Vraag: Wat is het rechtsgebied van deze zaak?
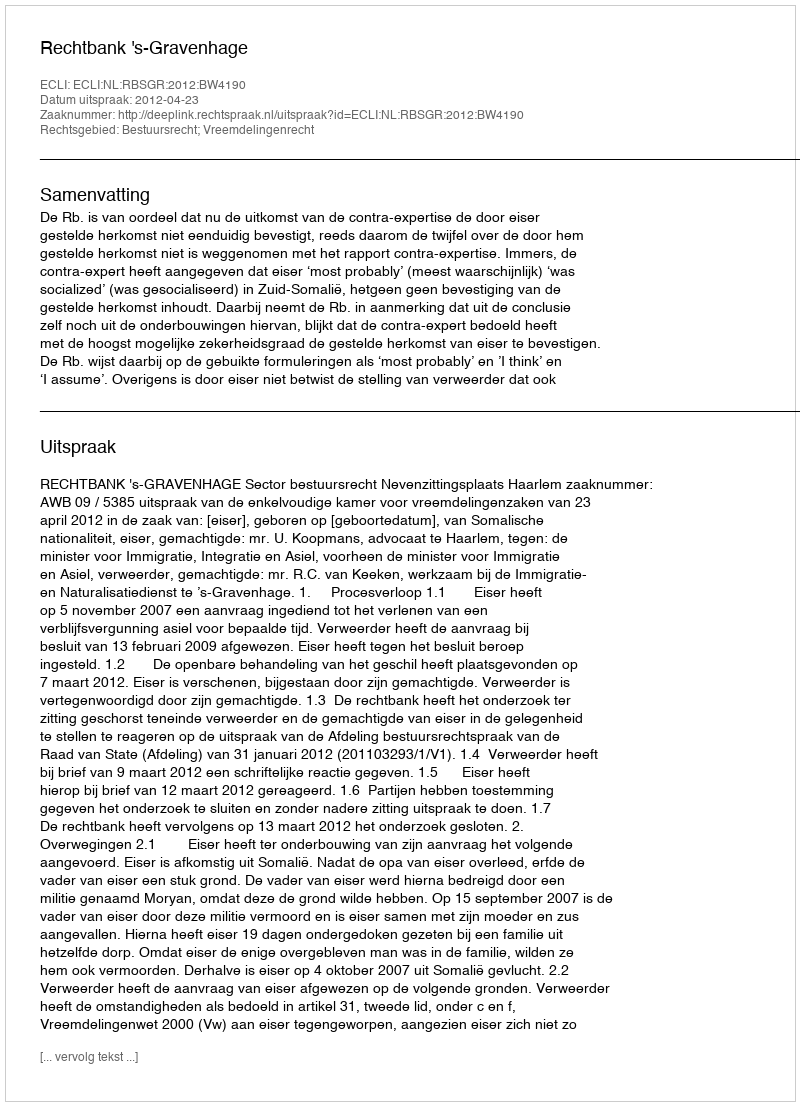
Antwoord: Bestuursrecht; Vreemdelingenrecht